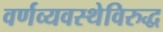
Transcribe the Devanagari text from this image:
वर्णव्यवस्थेविरुद्ध